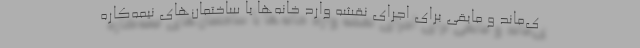
ی‌ماند و مابقی برای اجرای نقشه وارد خانه‌ها یا ساختمان‌های نیمه‌کاره